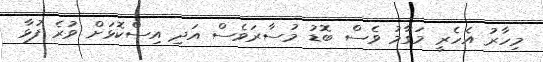
މިހާރު އެހެރީ މަގާމު ވެސް ބޮޑު މުސާރަވެސް އަދި އިސްކޮޅަށް ވުރެ ފުޅާ